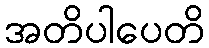
အတိပါပေတိ